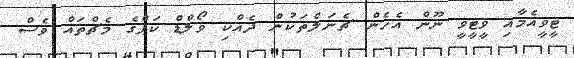
ޓީވީއެމާއި ވީޓީވީ ނޫން އެހެން ޗެނަލްތަކުން ދެއްކި ވޯލްޑް ކަޕްގެ މެޗްތައް ވެސް